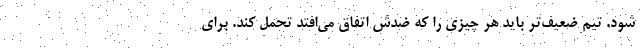
شود. تیم ضعیف‌تر باید هر چیزی را که ضدش اتفاق می‌افتد تحمل کند. برای